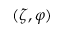
( \zeta , \varphi )